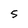
Character: S